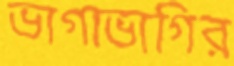
ভাগাভাগির